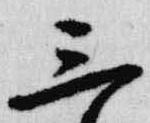
三